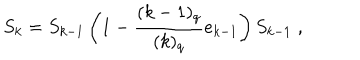
S _ { k } = S _ { k - 1 } \left( 1 - \frac { ( k - 1 ) _ { q } } { ( k ) _ { q } } e _ { k - 1 } \right) S _ { k - 1 } \; ,